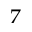
^ 7